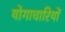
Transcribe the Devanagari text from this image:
योगाचारियों